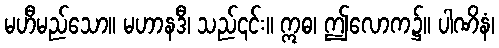
မဟီမည်သော။ မဟာနဒီ၊ သည်၎င်း။ ဣဓ၊ ဤလောက၌။ ပါဏိနံ၊